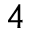
_ 4